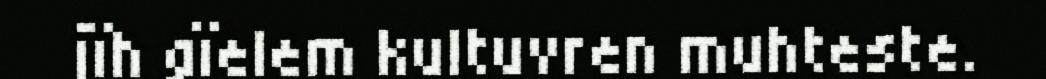
jïh gïelem kultuvren muhteste.